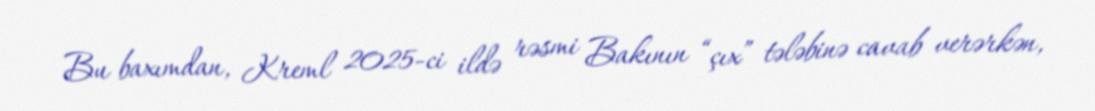
Bu baxımdan, Kreml 2025-ci ildə rəsmi Bakının “çıx” tələbinə cavab verərkən,